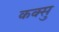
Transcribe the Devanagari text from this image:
कक्सु